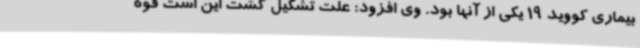
بیماری کووید 19 یکی از آنها بود. وی افزود: علت تشکیل گشت این است قوه